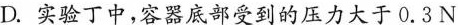
D.实验丁中，容器底部受到的压力大于0.3N